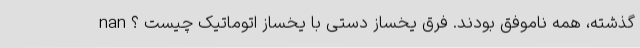
گذشته، همه ناموفق بودند. فرق یخساز دستی با یخساز اتوماتیک چیست ؟ nan